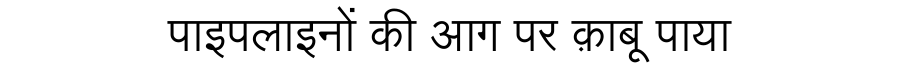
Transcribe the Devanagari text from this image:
पाइपलाइनों की आग पर क़ाबू पाया